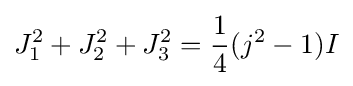
J_{1}^{2}+J_{2}^{2}+J_{3}^{2}={\frac {1}{4}}(j^{2}-1)I